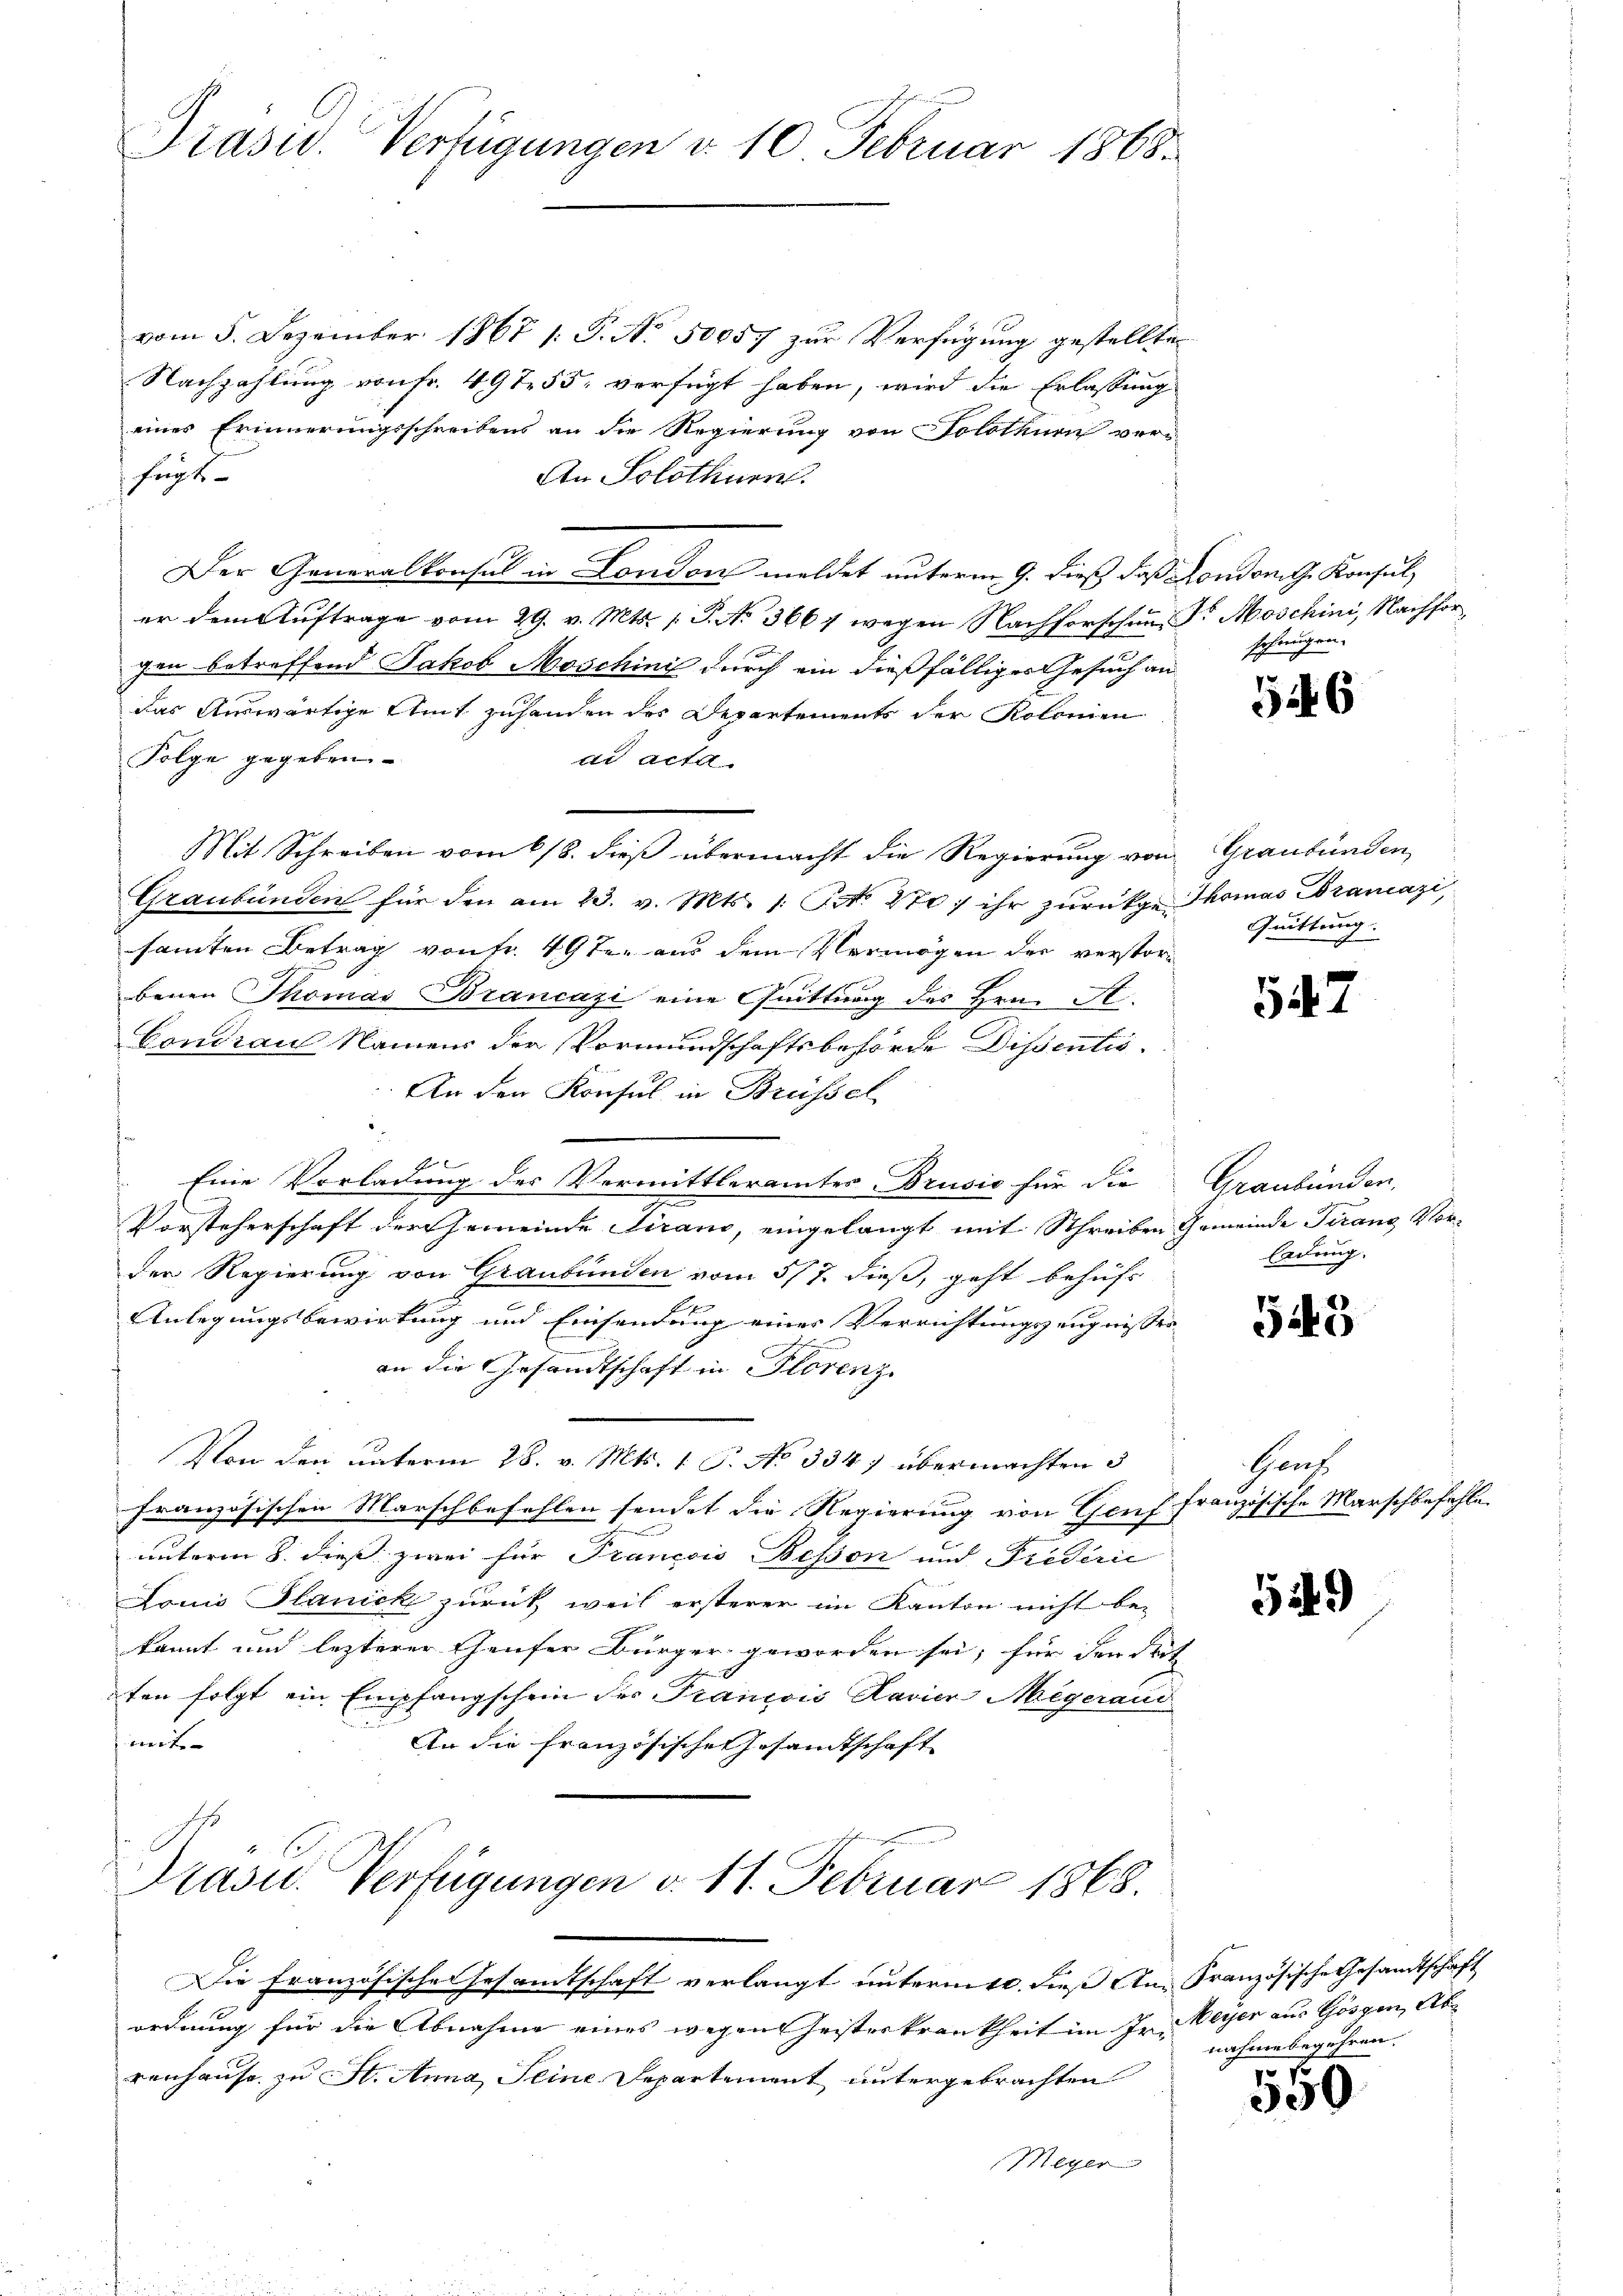
vom 5. Dezember 1867 /: P. Nr. 50057 zur Verfügung gestellte
Nachzahlung von fr. 497. 55, verfügt haben, wird die Erlassung
eines Erinnerungsschreibens an die Regierung von Solothurn ver¬
 fügt
An Solothurn.
Der Generalkonsul in London meldet unterm 9. dieß, daß London. G. Konsul
er dem Auftrage vom 29. v. Mts. (T. No 3667 wegen Nachforschung Sr. Moschini, Nachforgen betreffend Jakob Moschini durch ein dießfälliger Gesuch an
das Auswärtige Amt zuhanden des Departements der Kolonien
Folge gegeben.
dd acta
Graubünden für den am 23. v. Mts. 1. No. 270) ihr zurükge Thomas Brancazi
samten Betrag von Fr. 49 ten aus dem Vermögen der verstorbenen Thomas Brancazi eine Quittung des Hrn. St
Condrau Namens der Vormundschaftsbehörde Dissentis
An den Konsul in Brüssel
Eine Vorladung des Vermittleramtes Drusio für die
Vorsteherschaft der Gemeinde Sirano, eingelangt mit Schreiben Gemeinde Tirang Vorder Regierung von Graubünden vom 5/7. dieß, geht behufs
Anlegungsbewirkung und Einsendung einer Verrichtungszeugnisser
an die Gesandtschaft in Florenz
Von den unterm 28. v. Mts. 1 P. No 334. übermachten 3
französischen Marschbefehlen sendet die Regierung von Genf französische Marschbefehle
unterm 8. dieß zwei für Trancois Bessen und rederić
Louis Planick zurück, weil ersterer im Kanton nicht be-
kannt und lezterer Teufer Bürger geworden sei, für den Seit
ten folgt ein Empfangschein der Francois Ravier-Aegeraus
mit- |
An die französischen Gesamtschaft

Präsid. Verfügungen d. 10 Februar 1868.

Mit Schreiben vom 6/8. dieß übermacht die Regierung von

Präsid. Verfügungen v. 11. Februar 1868.

schnungen.

Die Französische Gesandtschaft verlangt unternitt. dieß An Französische Gesandtschaft
ordnung für die Abnahme eines wegen Geisterkrankheit im Irrenhause zu St. Anna Seine Separtement untergebrachten
Meyer

546

Graubünden
Quittung.

542

Graubünden.
ladung.

545

Gens

5549

Meyer aus Gösgen, Ab
nahme begehren.
1

500